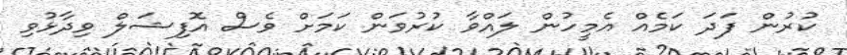
ކުރުން ފަދަ ކަމެއް އެމީހުން ލައްވާ ކުރުވަން ކަމަށް ވެސް އޮފިޝަލް ވިދާޅުވި